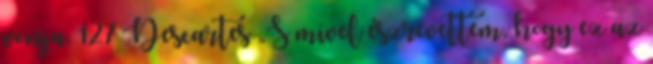
vonja. 127 Descartes „S mivel észrevettem, hogy ez az